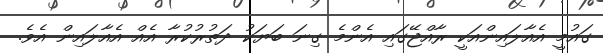
ގައުމީ އެއާލައިންއަކީ ރާއްޖޭގައި އެންމެ ގިނަ ބަޔަކު ދަތުރުކުރާ އެއް އެއާލައިން އެވެ.